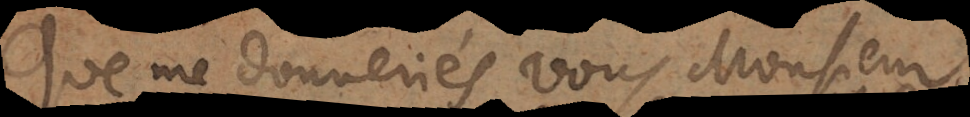
Que me donneriés vous, Monsieur,